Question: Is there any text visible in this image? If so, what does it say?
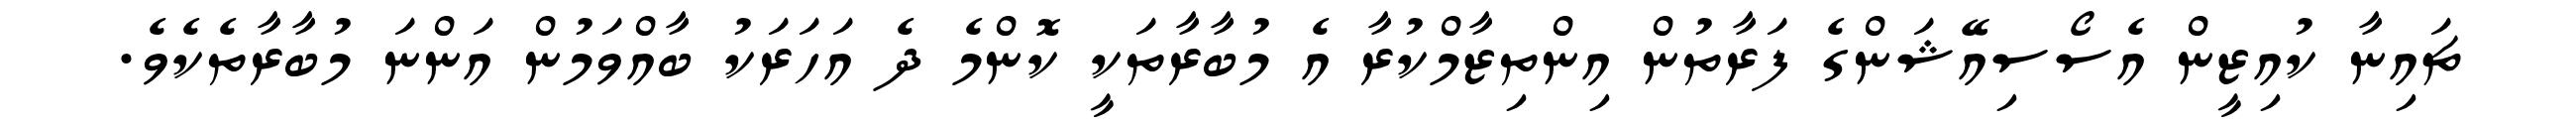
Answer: ޗައިނާ ކުއިޒީން އެސޯސިއޭޝަންގެ ފަރާތުން އިންތިޒާމްކުރާ އެ މުބާރާތަކީ ކޮންމެ ދެ އަހަރަކު ބާއްވަމުން އަންނަ މުބާރާތެކެވެ.